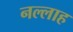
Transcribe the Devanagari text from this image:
नल्‍लाह